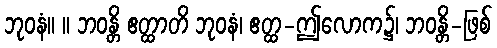
ဘုဝနံ။ ။ ဘဝန္တိ ဧတ္ထာတိ ဘုဝနံ၊ ဧတ္ထ-ဤလောက၌၊ ဘဝန္တိ-ဖြစ်